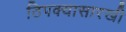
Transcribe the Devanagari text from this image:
ठिपक्यासारखी